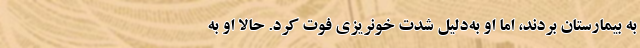
به بیمارستان بردند، اما او به‌دلیل شدت خونریزی فوت کرد. حالا او به